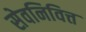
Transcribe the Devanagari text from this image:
सेवनिवित्त